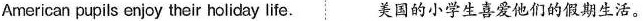
American pupils enjoy their holiday life. 美国的小学生喜爱他们的假期生活。